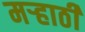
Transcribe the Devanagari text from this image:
मर्‍हाठी